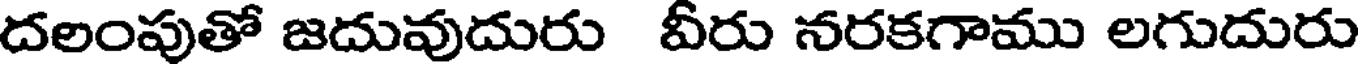
దలంపుతో జదువుదురు వీరు నరకగాము లగుదురు